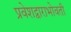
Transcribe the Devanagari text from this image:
प्रवेशद्वाराभोवती